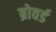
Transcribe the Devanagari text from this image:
ब्रोवर्ड